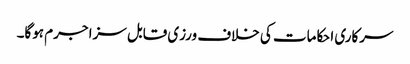
سرکاری احکامات کی خلاف ورزی قابل سزا جرم ہوگا۔